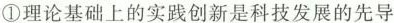
①理论基础上的实践创新是科技发展的先导